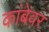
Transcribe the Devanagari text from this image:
कांबेवर